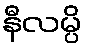
နီလမ္ပိ